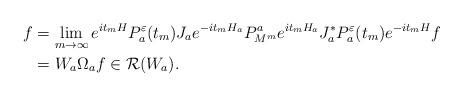
LaTeX: \begin{align*}\begin{aligned}f&=\lim_{m\to\infty} e^{it_mH}P_a^{{\varepsilon}}(t_m)J_ae^{-it_mH_a}P^a_{M^m}e^{it_mH_a} J_a^*P_a^{{\varepsilon}}(t_m)e^{-it_mH}f\\&= W_a\Omega_af\in \mathcal{R}(W_a).\end{aligned}\end{align*}